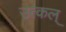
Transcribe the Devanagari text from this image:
उत्कल्